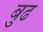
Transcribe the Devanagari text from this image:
बुढ